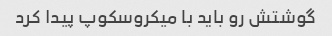
گوشتش رو باید با میکروسکوپ پیدا کرد